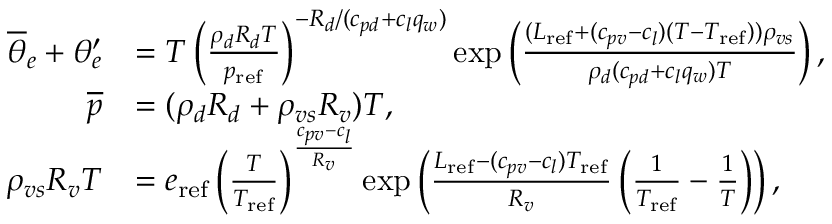
\begin{array} { r l } { \overline { { \theta } } _ { e } + \theta _ { e } ^ { \prime } } & { = T \left( \frac { \rho _ { d } R _ { d } T } { p _ { \mathrm { r e f } } } \right) ^ { - R _ { d } / ( c _ { p d } + c _ { l } q _ { w } ) } \exp \left( \frac { ( L _ { \mathrm { r e f } } + ( c _ { p v } - c _ { l } ) ( T - T _ { \mathrm { r e f } } ) ) \rho _ { v s } } { \rho _ { d } ( c _ { p d } + c _ { l } q _ { w } ) T } \right) , } \\ { \overline { { p } } } & { = ( \rho _ { d } R _ { d } + \rho _ { v s } R _ { v } ) T , } \\ { \rho _ { v s } R _ { v } T } & { = e _ { \mathrm { r e f } } \left( \frac { T } { T _ { \mathrm { r e f } } } \right) ^ { \frac { c _ { p v } - c _ { l } } { R _ { v } } } \exp \left( \frac { L _ { \mathrm { r e f } } - ( c _ { p v } - c _ { l } ) T _ { \mathrm { r e f } } } { R _ { v } } \left( \frac { 1 } { T _ { \mathrm { r e f } } } - \frac { 1 } { T } \right) \right) , } \end{array}